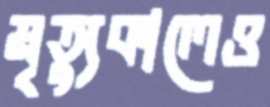
মৃত্যুকালেও